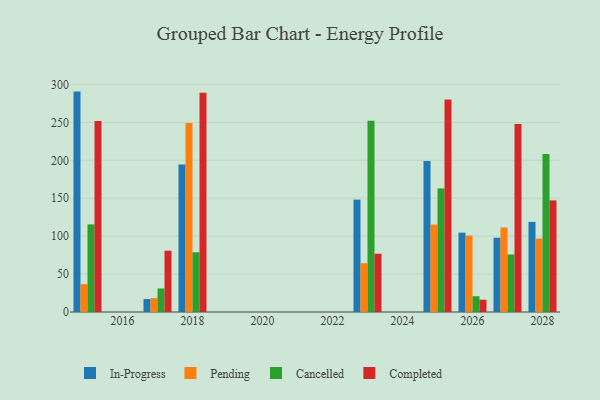
{"axis": {"x": "Year", "y": "Gross Profit (USD K)"}, "legend": ["Cancelled", "Completed", "In-Progress", "Pending"], "data": [{"x": "2028", "y": 118.8, "type": "In-Progress"}, {"x": "2028", "y": 96.8, "type": "Pending"}, {"x": "2028", "y": 208.4, "type": "Cancelled"}, {"x": "2028", "y": 147.1, "type": "Completed"}, {"x": "2023", "y": 148.2, "type": "In-Progress"}, {"x": "2023", "y": 64.3, "type": "Pending"}, {"x": "2023", "y": 252.1, "type": "Cancelled"}, {"x": "2023", "y": 76.8, "type": "Completed"}, {"x": "2015", "y": 290.6, "type": "In-Progress"}, {"x": "2015", "y": 36.8, "type": "Pending"}, {"x": "2015", "y": 115.5, "type": "Cancelled"}, {"x": "2015", "y": 251.7, "type": "Completed"}, {"x": "2018", "y": 194.6, "type": "In-Progress"}, {"x": "2018", "y": 249.3, "type": "Pending"}, {"x": "2018", "y": 78.8, "type": "Cancelled"}, {"x": "2018", "y": 289.1, "type": "Completed"}, {"x": "2026", "y": 104.6, "type": "In-Progress"}, {"x": "2026", "y": 100.8, "type": "Pending"}, {"x": "2026", "y": 20.8, "type": "Cancelled"}, {"x": "2026", "y": 16.2, "type": "Completed"}, {"x": "2027", "y": 97.9, "type": "In-Progress"}, {"x": "2027", "y": 111.4, "type": "Pending"}, {"x": "2027", "y": 75.9, "type": "Cancelled"}, {"x": "2027", "y": 248.0, "type": "Completed"}, {"x": "2017", "y": 17.1, "type": "In-Progress"}, {"x": "2017", "y": 18.3, "type": "Pending"}, {"x": "2017", "y": 31.0, "type": "Cancelled"}, {"x": "2017", "y": 80.8, "type": "Completed"}, {"x": "2025", "y": 199.0, "type": "In-Progress"}, {"x": "2025", "y": 115.2, "type": "Pending"}, {"x": "2025", "y": 163.0, "type": "Cancelled"}, {"x": "2025", "y": 280.1, "type": "Completed"}]}